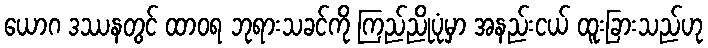
ယောဂ ဒဿနတွင် ထာဝရ ဘုရားသခင်ကို ကြည်ညိုပုံမှာ အနည်းငယ် ထူးခြားသည်ဟု